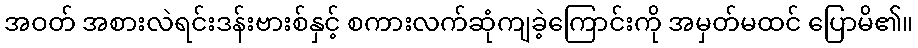
အဝတ် အစားလဲရင်းဒန်းဗားစ်နှင့် စကားလက်ဆုံကျခဲ့ကြောင်းကို အမှတ်မထင် ပြောမိ၏။